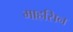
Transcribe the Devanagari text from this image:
माहसिन